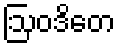
ဩဝဒိတေ